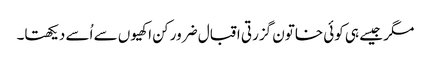
مگر جیسے ہی کوئی خاتون گزرتی اقبال ضرور کن اکھیوں سے اُسے دیکھتا۔